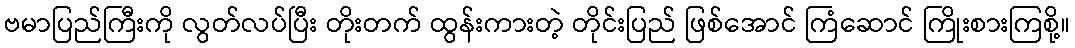
ဗမာပြည်ကြီးကို လွတ်လပ်ပြီး တိုးတက် ထွန်းကားတဲ့ တိုင်းပြည် ဖြစ်အောင် ကြံဆောင် ကြိုးစားကြစို့။